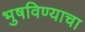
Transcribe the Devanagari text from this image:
भुषविण्याचा